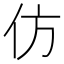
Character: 仿